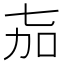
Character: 𬻎